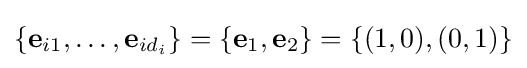
\{{\textbf {e}}_{i1},\ldots ,{\textbf {e}}_{id_{i}}\}=\{{\textbf {e}}_{1},{\textbf {e}}_{2}\}=\{(1,0),(0,1)\}